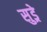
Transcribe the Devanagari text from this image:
सुड्रे